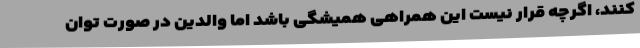
کنند، اگرچه قرار نیست این همراهی همیشگی باشد اما والدین در صورت توان